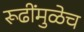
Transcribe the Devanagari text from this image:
रूढींमुळेच